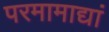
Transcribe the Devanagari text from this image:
परमामाद्यां